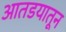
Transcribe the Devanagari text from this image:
आतडयातून